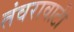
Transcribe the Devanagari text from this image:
तंवरावाटी